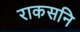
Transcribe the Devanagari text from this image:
राकसनि